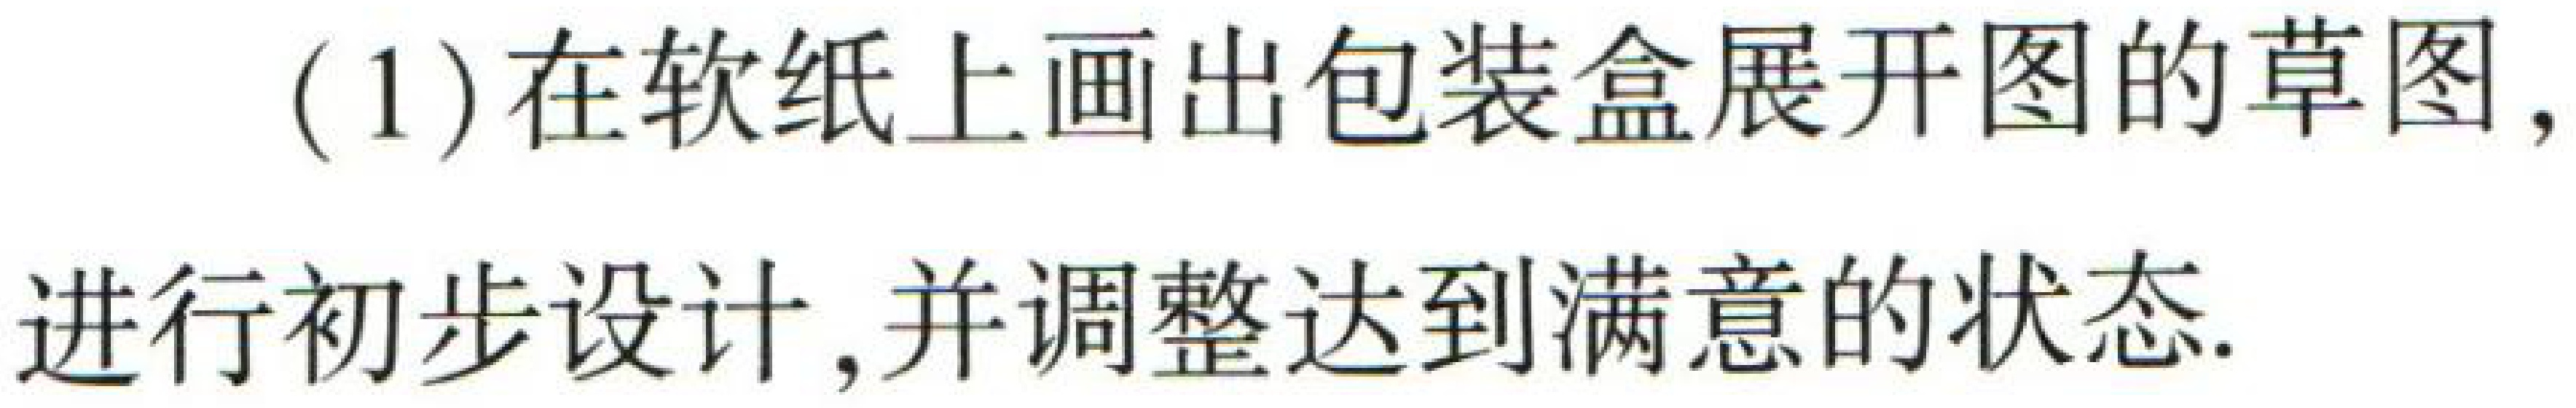
(1) 在软纸上画出包装盒展开图的草图，进行初步设计，并调整达到满意的状态.